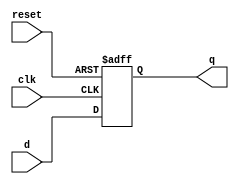
module task1_16(
    input clk,
    input reset,
    input [3:0] d,
    output reg [3:0] q
);

always @ (posedge clk or posedge reset)
    if(reset) q <= 4'b0000;
    else q <= d;
endmodule